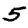
Digit: 5